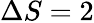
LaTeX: \Delta S=2